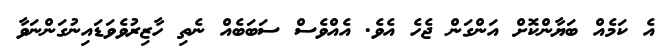
އެ ކަމެއް ބަޔާންކޮށް އަންގަން ޖެހެ އެވެ. އެއްވެސް ސަބަބެއް ނެތި ހާޒިރުވެވަޑައިނުގަންނަވާ